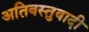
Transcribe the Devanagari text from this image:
अतिवस्तुवादी